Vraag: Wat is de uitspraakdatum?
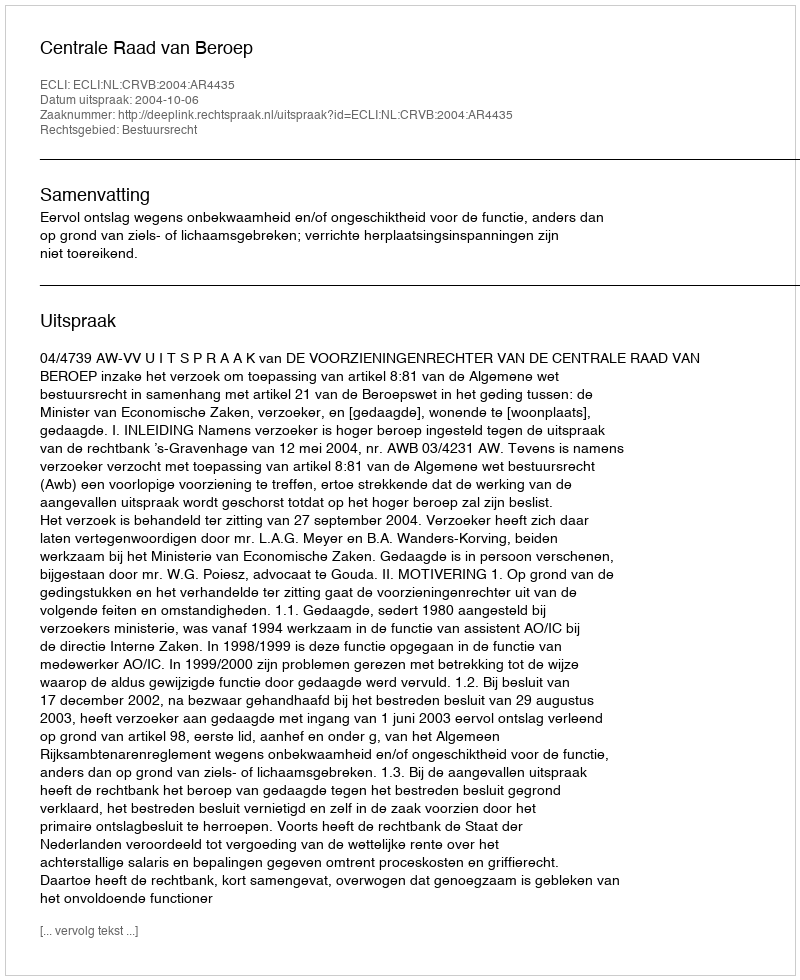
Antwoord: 2004-10-06